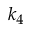
k _ { 4 }